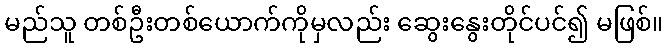
မည်သူ တစ်ဦးတစ်ယောက်ကိုမှလည်း ဆွေးနွေးတိုင်ပင်၍ မဖြစ်။